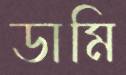
ডামি